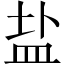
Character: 盐